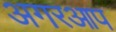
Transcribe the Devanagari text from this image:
अगरआप